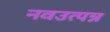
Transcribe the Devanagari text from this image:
नवउत्पन्न